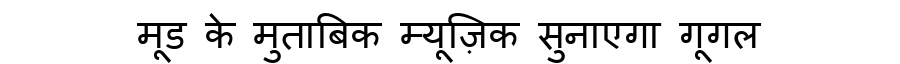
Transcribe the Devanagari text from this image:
मूड के मुताबिक म्यूज़िक सुनाएगा गूगल